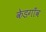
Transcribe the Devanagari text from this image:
केडगाँव